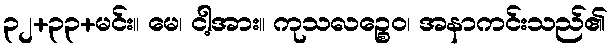
၃၂+၃၃+မင်း။ မေ၊ ငါ့အား။ ကုသလဉ္စေဝ၊ အနာကင်းသည်၏